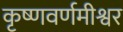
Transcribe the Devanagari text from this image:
कृष्णवर्णमीश्वर